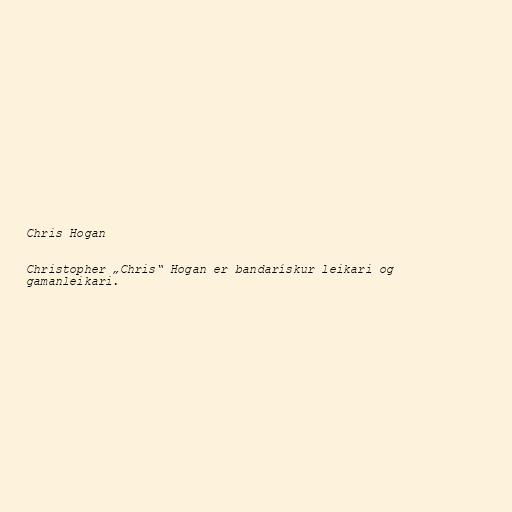
Chris Hogan

Christopher „Chris“ Hogan er bandarískur leikari og
gamanleikari.